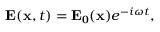
\mathbf { E } ( \mathbf { x } , t ) = \mathbf { E _ { 0 } } ( \mathbf { x } ) e ^ { - i \omega t } ,